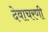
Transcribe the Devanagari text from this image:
देवाचरणी